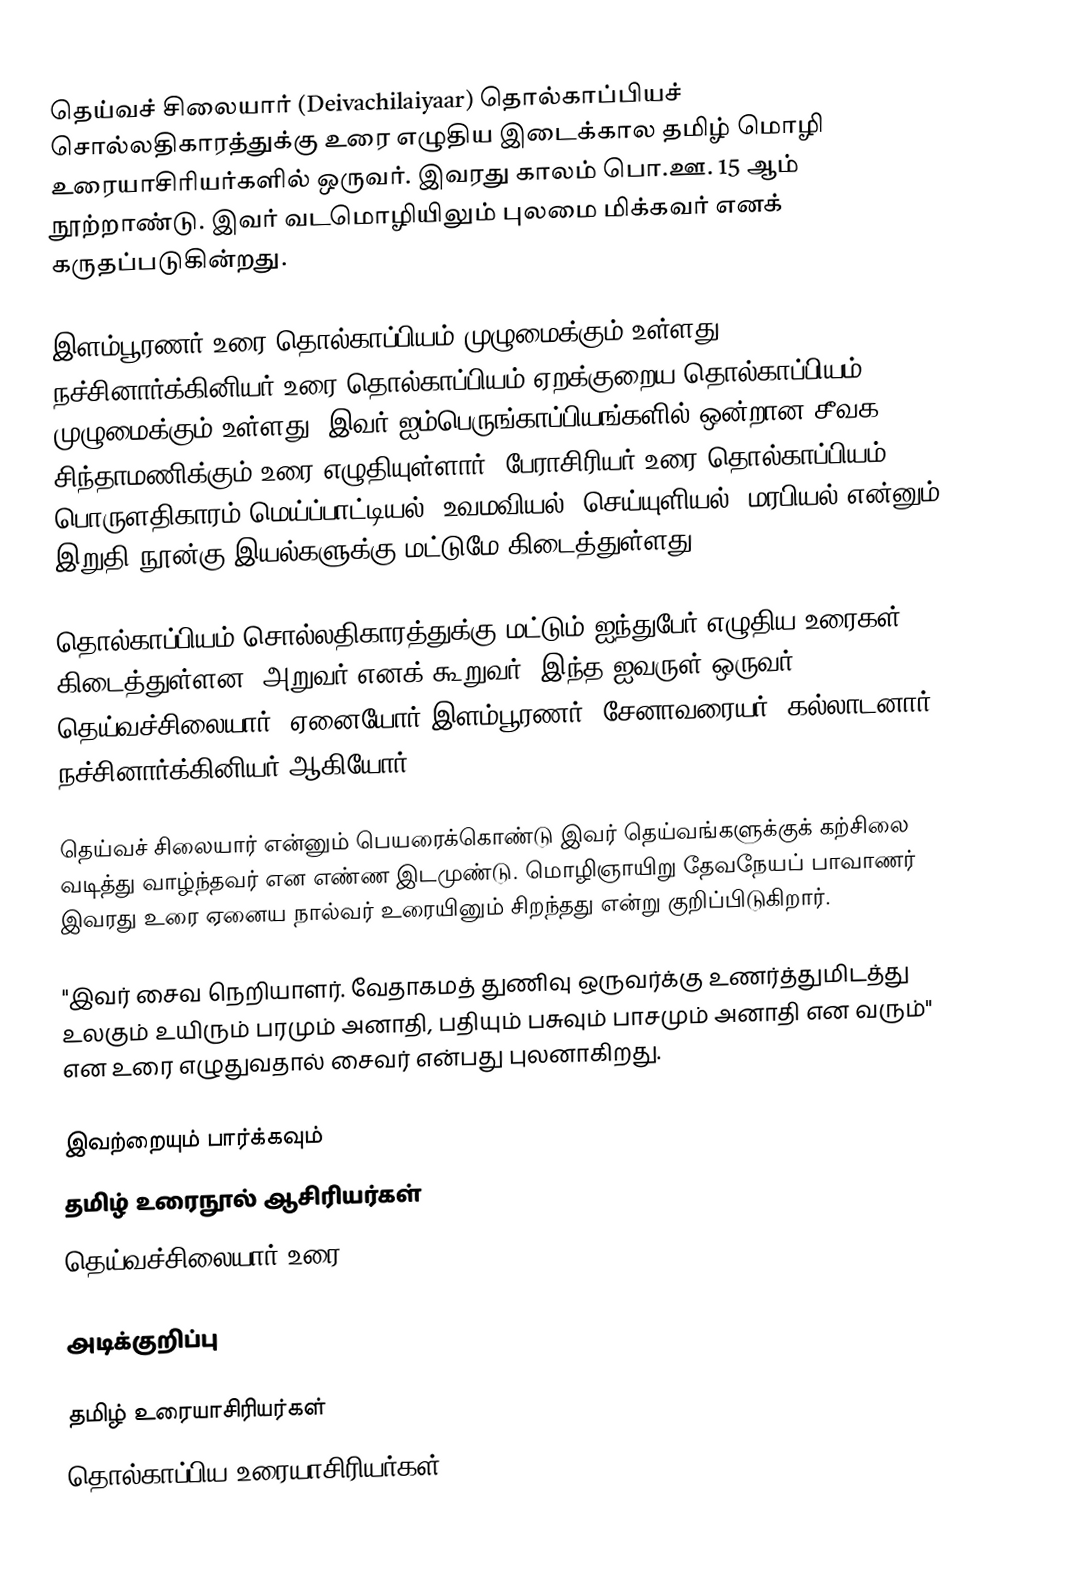
தெய்வச் சிலையார் (Deivachilaiyaar) தொல்காப்பியச் சொல்லதிகாரத்துக்கு உரை எழுதிய இடைக்கால தமிழ் மொழி உரையாசிரியர்களில் ஒருவர். இவரது காலம் பொ.ஊ. 15 ஆம் நூற்றாண்டு. இவர் வடமொழியிலும் புலமை மிக்கவர் எனக் கருதப்படுகின்றது.

இளம்பூரணர் உரை தொல்காப்பியம் முழுமைக்கும் உள்ளது. நச்சினார்க்கினியர் உரை தொல்காப்பியம் ஏறக்குறைய தொல்காப்பியம் முழுமைக்கும் உள்ளது. இவர் ஐம்பெருங்காப்பியங்களில் ஒன்றான சீவக சிந்தாமணிக்கும் உரை எழுதியுள்ளார். பேராசிரியர் உரை தொல்காப்பியம் பொருளதிகாரம் மெய்ப்பாட்டியல், உவமவியல், செய்யுளியல், மரபியல் என்னும் இறுதி நூன்கு இயல்களுக்கு மட்டுமே கிடைத்துள்ளது.

தொல்காப்பியம் சொல்லதிகாரத்துக்கு மட்டும் ஐந்துபேர் எழுதிய உரைகள் கிடைத்துள்ளன. அறுவர் எனக் கூறுவர். இந்த ஐவருள் ஒருவர் தெய்வச்சிலையார். ஏனையோர் இளம்பூரணர், சேனாவரையர், கல்லாடனார், நச்சினார்க்கினியர் ஆகியோர்

தெய்வச் சிலையார் என்னும் பெயரைக்கொண்டு இவர் தெய்வங்களுக்குக் கற்சிலை வடித்து வாழ்ந்தவர் என எண்ண இடமுண்டு. மொழிஞாயிறு தேவநேயப் பாவாணர் இவரது உரை ஏனைய நால்வர் உரையினும் சிறந்தது என்று குறிப்பிடுகிறார்.

"இவர் சைவ நெறியாளர். வேதாகமத் துணிவு ஒருவர்க்கு உணர்த்துமிடத்து உலகும் உயிரும் பரமும் அனாதி, பதியும் பசுவும் பாசமும் அனாதி என வரும்" என உரை எழுதுவதால் சைவர் என்பது புலனாகிறது.

இவற்றையும் பார்க்கவும்
 தமிழ் உரைநூல் ஆசிரியர்கள்
 தெய்வச்சிலையார் உரை

அடிக்குறிப்பு

தமிழ் உரையாசிரியர்கள்
தொல்காப்பிய உரையாசிரியர்கள்